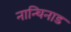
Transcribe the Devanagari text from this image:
नान्चिनाड